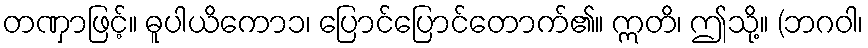
တဏှာဖြင့်။ ဓူပါယိကော၁၊ ပြောင်ပြောင်တောက်၏။ ဣတိ၊ ဤသို့။ (ဘဂဝါ၊